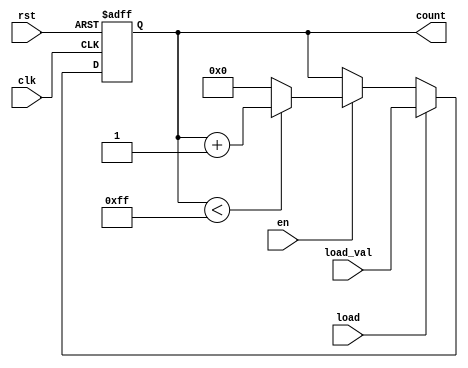
module synchronous_load_counter #(
    parameter WIDTH = 8,          // Define the width of the counter (number of bits)
    parameter MAX_COUNT = 255     // Define the maximum count value (for wrap-around)
)(
    input wire clk,               // Clock input
    input wire rst,               // Reset input (active high)
    input wire load,              // Load input (active high)
    input wire [WIDTH-1:0] load_val, // Load value input
    input wire en,                // Enable input (active high)
    output reg [WIDTH-1:0] count  // Current count output
);

    // Always block for synchronous operations
    always @(posedge clk or posedge rst) begin
        if (rst) begin
            count <= 0;            // Reset the counter to zero
        end else if (load) begin
            count <= load_val;     // Load the external value into the counter
        end else if (en) begin
            if (count < MAX_COUNT) begin
                count <= count + 1; // Increment the counter
            end else begin
                count <= 0;         // Wrap around to zero if max count is reached
            end
        end
    end

endmodule